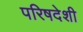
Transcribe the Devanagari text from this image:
परिषदेशी